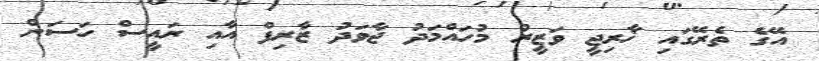
އޭގެ ތެރޭގައި ޚާރިޖީ ވަޒީރު މުހައްމަދު ޖާވަދު ޒާރިފް އާއި ރައީސް ހަސަން